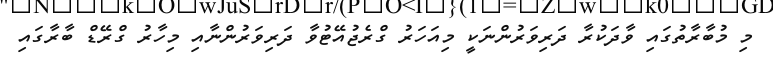
މި މުބާރާތުގައި ވާދަކުރާ ދަރިވަރުންނަކީ މިއަހަރު ގްރެޖުއޭޓުވާ ދަރިވަރުންނާއި މިހާރު ގްރޭޑް ބާރާގައި